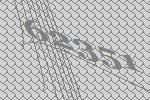
62351